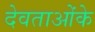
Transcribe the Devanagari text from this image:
देवताओंके